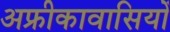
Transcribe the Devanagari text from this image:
अफ्रीकावासियों